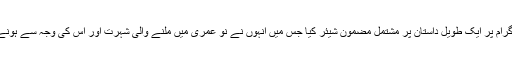
جسٹن بیبر نے سماجی رابطے کی ویب سائٹ انسٹا گرام پر ایک طویل داستان پر مشتمل مضمون شیئر کیا جس میں انہوں نے نو عمری میں ملنے والی شہرت اور اس کی وجہ سے ہونے والے نقصانات کے حوالے سے اہم انکشافات کئے۔